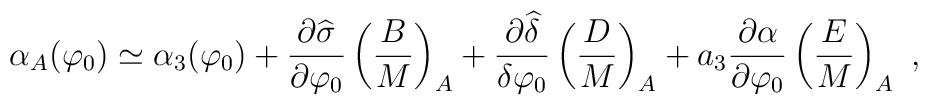
\alpha_A (\varphi_0) \simeq \alpha_3 (\varphi_0) +{\partial\widehat\sigma \over \partial\varphi_0} \left({B\over M}\right)_A+ {\partial\widehat\delta \over \delta\varphi_0} \left({D\over M}\right)_A+ a_3 {\partial\alpha\over \partial\varphi_0} \left({E\over M}\right)_A\ ,